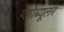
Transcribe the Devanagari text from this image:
ग्लोब्यूलर